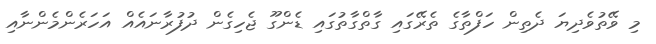
މި ވޭތުވެދިޔަ ދެތިން ހަފްތާގެ ތެރޭގައި ގާތްގާތުގައި ޑެންގޫ ޖެހިގެން ދުފުރާނައެއް އަހަރެންމެންނާއި